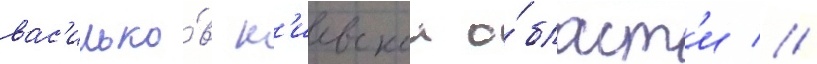
вас'илько́в к'иевскои о́бласт'и //